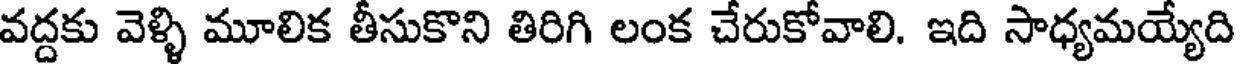
వద్దకు వెళ్ళి మూలిక తీసుకొని తిరిగి లంక చేరుకోవాలి. ఇది సాధ్యమయ్యేది